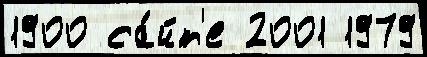
1900 са́йт'е 2001 1979